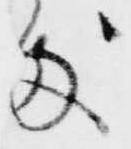
処